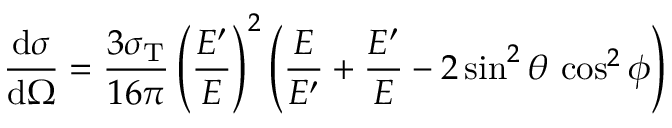
\frac { \mathrm { d } \sigma } { \mathrm { d } \Omega } = \frac { 3 \sigma _ { \mathrm { T } } } { 1 6 \pi } \left( \frac { E ^ { \prime } } { E } \right) ^ { 2 } \left( \frac { E } { E ^ { \prime } } + \frac { E ^ { \prime } } { E } - 2 \sin ^ { 2 } \theta \, \cos ^ { 2 } \phi \right)